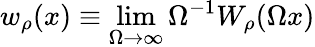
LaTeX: w_{\rho}(x)\equiv\operatorname*{lim}_{\Omega\to\infty}\Omega^{-1}W_{\rho}(\Omega x)